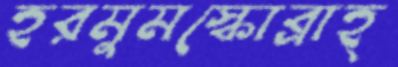
হরমুমস্কোব্রাহ্